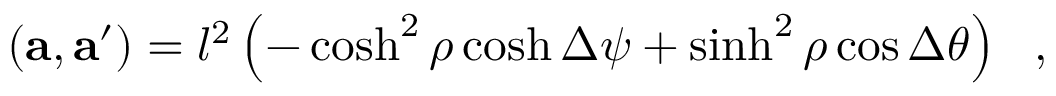
( { \bf a } , { \bf a ^ { \prime } } ) = l ^ { 2 } \left( - \cosh ^ { 2 } \rho \cosh \Delta \psi + \sinh ^ { 2 } \rho \cos \Delta \theta \right) ~ ~ ,